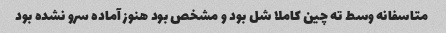
متاسفانه وسط ته چین کاملا شل بود و مشخص بود هنوز آماده سرو نشده بود